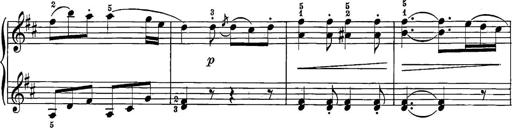
Title: 12 Sonatine per Pianoforte
Composer: Friedrich Kuhlau